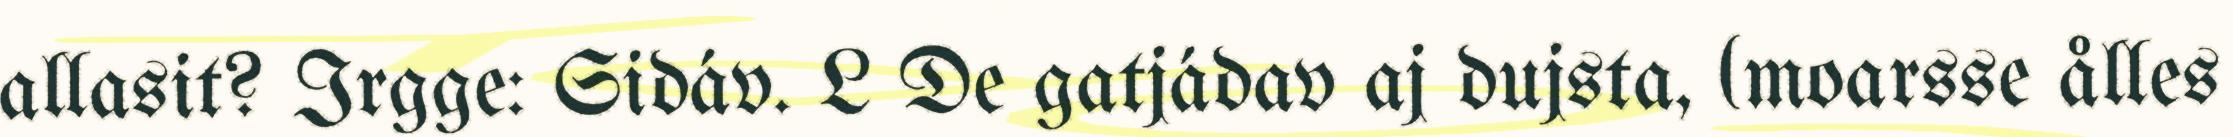
allasit? Irgge: Sidáv. L De gatjádav aj dujsta, (moarsse ålles